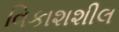
વિકાશશીલ